Vaccine operations Central Provinces 1900-1911 - 1900-1911
Year: 1900
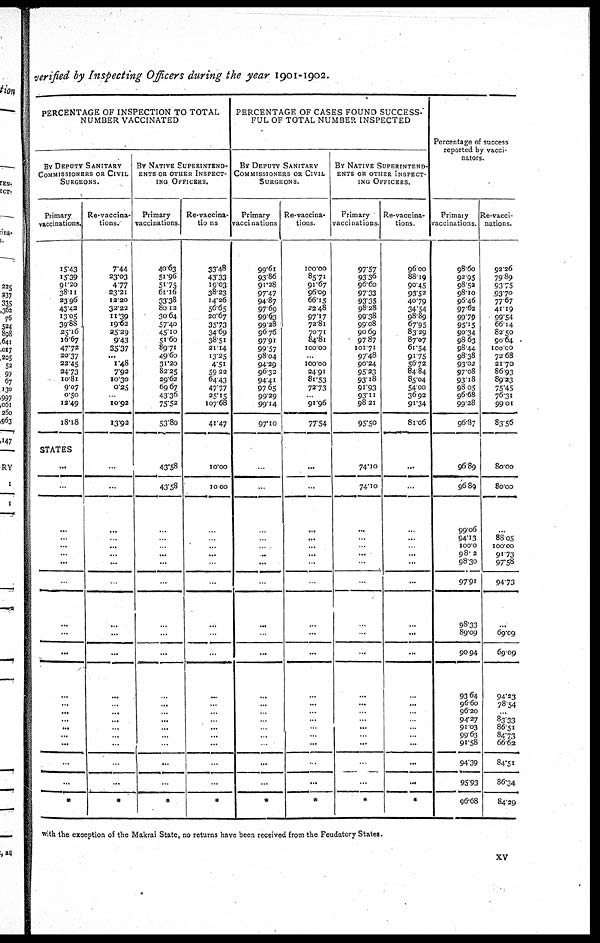
verified by Inspecting Officers during the year 1901-1902.
PERCENTAGE OF INSPECTION TO TOTAL
NUMBER VACCINATED
By DEPUTY SANITARY
COMMISSIONERS OR CIVIL
SURGEONS.
Primary
vaccinations.
15.43
15.39
91.20
38.11
23.96
43.42
13.05
39.88
25.16
16.67
47.72
20.37
22.45
24.73
10.81
9.07
0.50
13.49
18.18
STATES
...
...
...
...
...
...
...
...
...
...
...
...
...
...
...
...
...
...
...
...
*
Re-vaccina¬
tions.
7.44
23.03
4.77
23.21
12.20
32.22
11.39
19.62
25.29
9.43
35.37
...
1.48
7.92
10.30
0.25
...
10.92
13.92
...
...
...
...
...
...
...
...
...
...
...
...
...
...
...
...
...
...
...
...
*
BY NATIVE SUPERINTEND-
ENTS OR OTHER INSPECT-
ING OFFICERS.
Primary
vaccinations
40.63
51.96
51.75
61.16
33.38
80.12
30.64
57.40
45.10
51.60
89.71
49.60
31.20
82.25
29.62
69.67
43.36
75.52
53.80
43.58
43.58
...
...
...
...
...
...
...
...
...
...
...
...
...
...
...
...
...
...
*
Re-vaccina¬
tions
33.48
43.33
19.03
38.23
14.26
56.65
20.67
35.73
34.69
38.51
21.14
13.25
4.51
59.22
64.43
47.77
25.15
107.68
41.47
10.00
10.00
...
...
...
...
...
...
...
...
...
...
...
...
...
...
...
...
...
...
*
PERCENTAGE OF CASES FOUND SUCCESS-
FUL OF TOTAL NUMBER INSPECTED
BY DEPUTY SANITARY
COMMISSIONERS OR CIVIL
SURGEONS.
Primary
vaccinations
99.61
93.86
91.28
97.47
94.87
97.69
99.63
99.28
96.76
97.91
99.57
98.04
94.29
96.32
94.41
97.65
99.29
99.14
97.10
...
...
...
...
...
...
...
...
...
...
...
...
...
...
...
...
...
...
...
...
*
Re-vaccina-
tions.
100.00
85.71
91.67
96.09
66.15
22.48
97.17
72.81
70.71
84.81
100.00
...
100.00
24.91
81.53
72.73
...
91.96
77.54
...
...
...
...
...
...
...
...
...
...
...
...
...
...
...
...
...
...
...
...
*
BY NATIVE SUPERINTEND-
ENTS OR OTHER INSPECT-
ING OFFICERS.
Primary
vaccinations
97.57
93.36
96.60
97.33
93.35
98.28
99.38
99.08
90.69
97.87
101.71
97.48
90.24
95.23
93.18
91.93
93.11
98.21
95.50
74.10
74.10
...
...
...
...
...
...
...
...
...
...
...
...
...
...
...
...
...
...
*
Re-vaccina¬
tions.
96.00
88.19
90.45
93.52
40.79
34.54
98.89
67.95
83.29
87.07
61.54
91.75
56.72
84.84
85.04
54.00
36.92
91.34
81.06
...
...
...
...
...
...
...
...
...
...
...
...
...
...
...
...
..
...
...
...
*
Percentage of success
reported by vacci-
nators.
Primary
vaccinations.
98.60
92.95
98.52
98.10
96.46
97.62
99.79
95.15
90.34
98.63
98.44
98.38
93.02
97.08
93.18
98.05
96.68
99.28
96.87
96.89
96.89
99.06
94.13
100.0
98.2
98.30
97.91
98.33
89.09
90.94
93.64
96.60
96.20
94.27
91.03
99.63
91.58
94.39
95.93
96.68
Re-vacci¬
nations.
92.26
79.89
93.75
93.70
77.67
41.19
99.54
66.14
82.50
90.64
100.00
72.68
21.70
86.93
89.23
75.45
76.31
99.01
83.56
80.00
80.00
...
88.05
100.00
91.73
97.58
94.73
...
69.09
69.09
94.23
78.54
...
83.33
86.51
84.73
66.62
84.51
86.34
84.29
with the exception of the Makrai State, no returns have been received from the Feudatory States.
xv